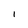
Character: 1